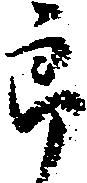
郎